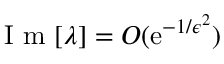
\mathrm { ~ I ~ m ~ } [ \lambda ] = O ( \mathrm { e } ^ { - 1 / \epsilon ^ { 2 } } )